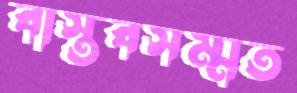
বাস্তবসম্মত